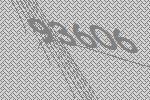
93606